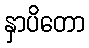
နှာပိတော